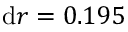
\mathrm { d } r = 0 . 1 9 5